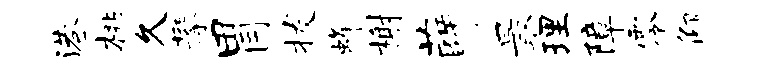
港桃久攀胃拔蜂榭薛最理障零仰